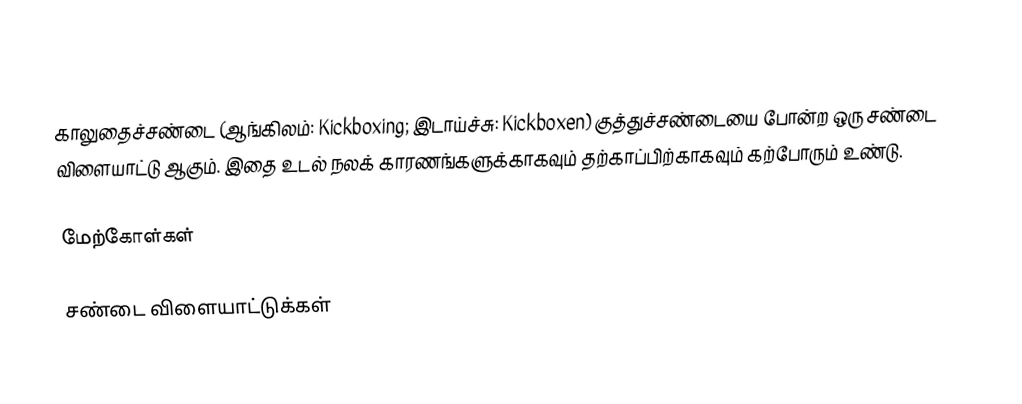
காலுதைச்சண்டை (ஆங்கிலம்: Kickboxing; இடாய்ச்சு: Kickboxen) குத்துச்சண்டையை போன்ற ஒரு சண்டை விளையாட்டு ஆகும். இதை உடல் நலக் காரணங்களுக்காகவும் தற்காப்பிற்காகவும் கற்போரும் உண்டு.

மேற்கோள்கள்

சண்டை விளையாட்டுக்கள்